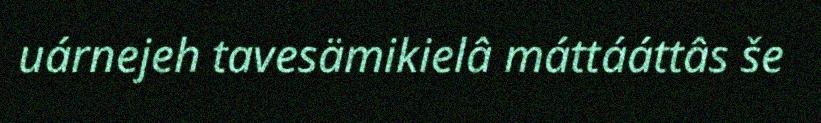
uárnejeh tavesämikielâ máttááttâs še